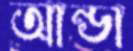
আন্ডা